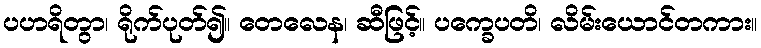
ပဟရိတွာ၊ ရိုက်ပုတ်၍။ တေလေန၊ ဆီဖြင့်။ ပက္ခေပတိ၊ လိမ်းယောင်တကား။